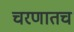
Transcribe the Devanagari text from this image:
चरणातच